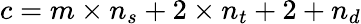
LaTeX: c=m\times n_{s}+2\times n_{t}+2+n_{d}